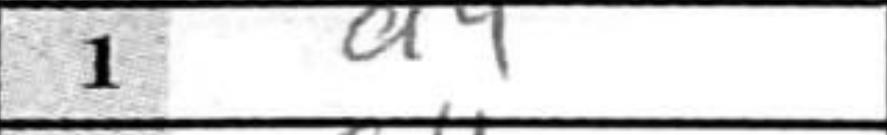
Transcription: d4